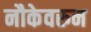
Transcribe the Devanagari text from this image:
नौकेवरुन